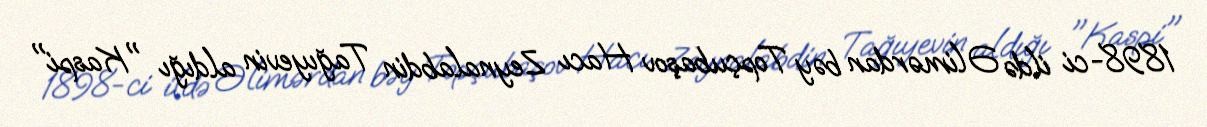
1898-ci ildə Əlimərdan bəy Topçubaşov Hacı Zeynalabdin Tağıyevin aldığı "Kaspi"